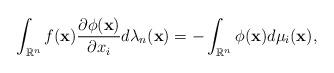
LaTeX: \begin{align*}\int_{\mathbb{R}^n } {f({\mathbf{x}})\frac{{\partial \phi ({\mathbf{x}})}}{{\partial x_i }}d\lambda _n ({\mathbf{x}})} = - \int_{\mathbb{R}^n } {\phi ({\mathbf{x}})d\mu _i ({\mathbf{x}})} ,\end{align*}